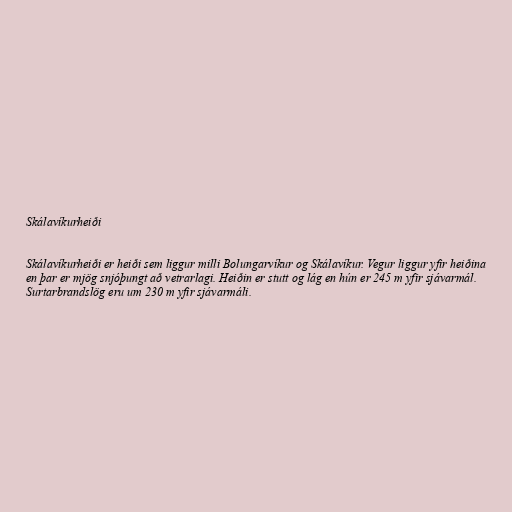
Skálavíkurheiði

Skálavíkurheiði er heiði sem liggur milli Bolungarvíkur og Skálavíkur. Vegur liggur yfir heiðina
en þar er mjög snjóþungt að vetrarlagi. Heiðin er stutt og lág en hún er 245 m yfir sjávarmál.
Surtarbrandslög eru um 230 m yfir sjávarmáli.